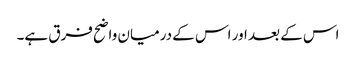
اس کے بعد اور اس کے درمیان واضح فرق ہے۔